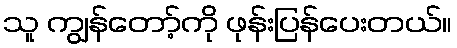
သူ ကျွန်တော့်ကို ဖုန်းပြန်ပေးတယ်။